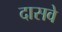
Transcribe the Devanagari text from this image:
दासवे